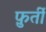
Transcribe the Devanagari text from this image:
फ़ुर्ती